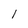
Character: 1